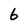
Character: 6